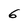
Character: 6